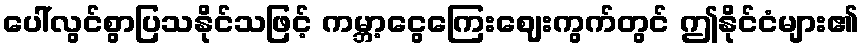
ပေါ်လွင်စွာပြသနိုင်သဖြင့် ကမ္ဘာ့ငွေကြေးဈေးကွက်တွင် ဤနိုင်ငံများ၏